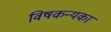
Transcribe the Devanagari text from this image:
विषकन्यका